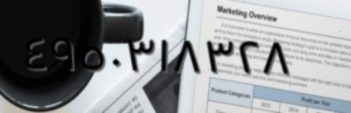
٤٩٥٠٣١٨٣٢٨